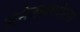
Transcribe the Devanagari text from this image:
अनेक्सागोरस